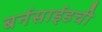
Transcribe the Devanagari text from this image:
बर्नसाईडची